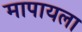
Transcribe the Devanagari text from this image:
मापायला